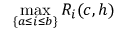
\operatorname* { m a x } _ { \{ a \leq i \leq b \} } R _ { i } ( c , h )